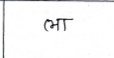
मजकूर: ला